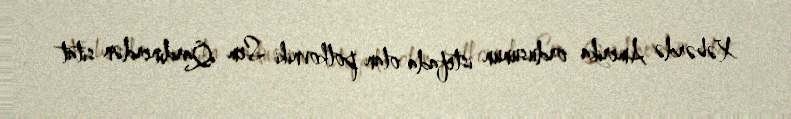
Xəbərdə Amerika ordusunun istefada olan polkovniki Sem Qardinerdən sitat